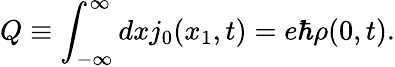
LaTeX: Q\equiv\int_{-\infty}^{\infty}dxj_{0}(x_{1},t)=e{\hbar}{\rho}(0,t).